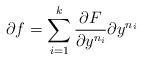
LaTeX: \begin{align*}\partial f= \sum_{i=1}^k\frac{\partial F}{\partial y^{n_i}}\partial y^{n_i}\end{align*}